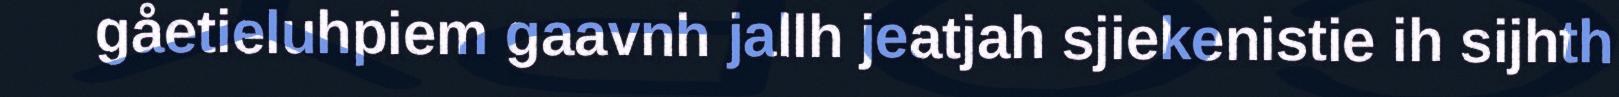
gåetieluhpiem gaavnh jallh jeatjah sjiekenistie ih sijhth